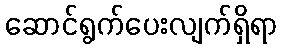
ဆောင်ရွက်ပေးလျက်ရှိရာ